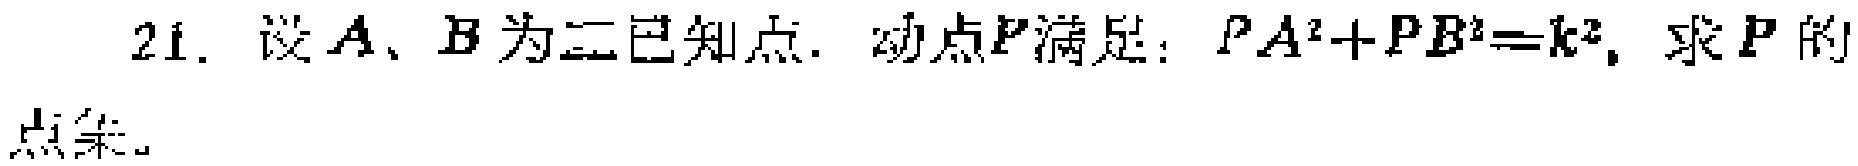
21. 设$A$、$B$为二已知点. 动点$P$满足：$PA^{2}+PB^{2}=k^{2}$, 求$P$的点集。